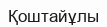
Қоштайұлы